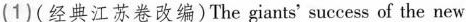
(1)(经典江苏卷改编)The giants' success of the new